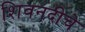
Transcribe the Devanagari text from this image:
शिवनदीचे